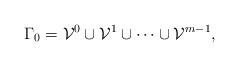
LaTeX: \begin{align*}\Gamma_0=\mathcal{V}^0\cup\mathcal{V}^1\cup\cdots\cup\mathcal{V}^{m-1},\end{align*}